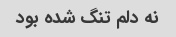
نه دلم تنگ شده بود